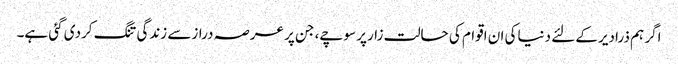
اگر ہم ذرادیرکے لئے دنیاکی ان اقوام کی حالت زارپر سوچے، جن پر عرصہ درازسے زندگی تنگ کردی گئی ہے۔